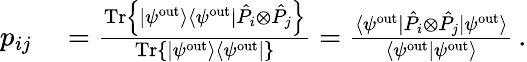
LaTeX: \begin{array}{rl}{p_{ij}}&{{}=\frac{\mathrm{Tr}\left\{ |\psi^{\mathrm{out}}\rangle\langle\psi^{\mathrm{out}}|\hat{P}_{i}\otimes\hat{P}_{j}\right\} }{\mathrm{Tr}\left\{ |\psi^{\mathrm{out}}\rangle\langle\psi^{\mathrm{out}}|\right\} }=\frac{\langle\psi^{\mathrm{out}}|\hat{P}_{i}\otimes\hat{P}_{j}|\psi^{\mathrm{out}}\rangle}{\langle\psi^{\mathrm{out}}|\psi^{\mathrm{out}}\rangle}\, .}\end{array}